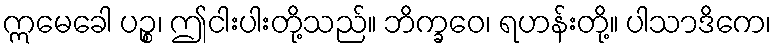
ဣမေခေါ ပဉ္စ၊ ဤငါးပါးတို့သည်။ ဘိက္ခဝေ၊ ရဟန်းတို့။ ပါသာဒိကေ၊